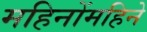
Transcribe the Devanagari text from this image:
महिनोंमहिने